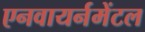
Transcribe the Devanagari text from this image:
एनवायर्नमेंटल